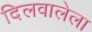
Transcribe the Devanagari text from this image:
दिलवालेला